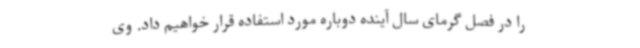
را در فصل گرمای سال آینده دوباره مورد استفاده قرار خواهیم داد. وی